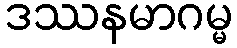
ဒဿနမာဂမ္မ